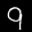
Label: 9